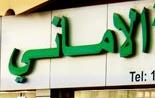
الاماني